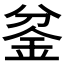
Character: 𰼡